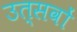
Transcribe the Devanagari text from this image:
उत्सवों